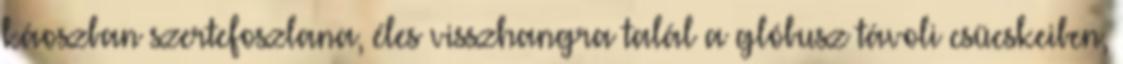
káoszban szertefoszlana, éles visszhangra talál a glóbusz távoli csücskeiben,